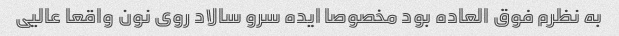
به نظرم فوق العاده بود مخصوصا ایده سرو سالاد روی نون واقعا عالیی